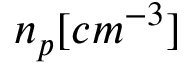
n _ { p } [ c m ^ { - 3 } ]